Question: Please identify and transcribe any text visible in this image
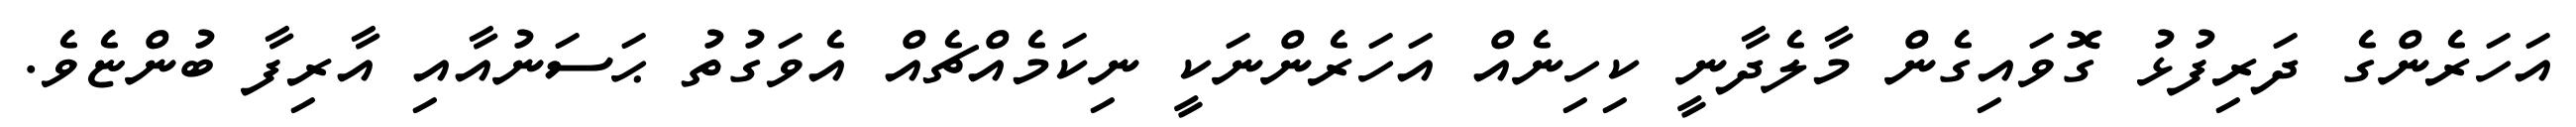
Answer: އަހަރެންގެ ދަރިފުޅު ގޮވައިގެން މާލެދާނީ ކިހިނެއް އަހަރެންނަކީ ނިކަމެއްޗެއް އެވަގުތު ޙަސަނުއާއި އާރިފާ ބުންޏެވެ.